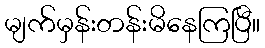
မျက်မှန်းတန်းမိနေကြပြီ။